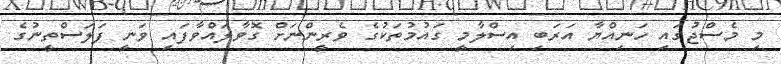
މި މެސްޖުގައި ހަނިއްޔާ އަރަބި އިސްލާމީ ގައުމުތަކުގެ ވެރީންނަށް ގޮވާލައްވާފައި ވަނީ ފަލަސްތީނުގެ